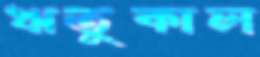
ঋতুকাল